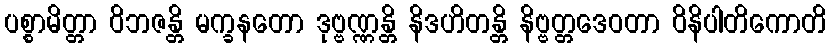
ပစ္စာမိတ္တာ ဝိဘဇန္တိ မက္ခနတော ဒုဗ္ဗဏ္ဏန္တိ နိဒဟိတန္တိ နိဗ္ဗတ္တဒေဝတာ ဝိနိပါတိကောတိ